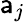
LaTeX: \mathsf{a}_{j}